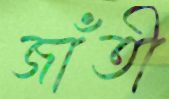
জাঁতী